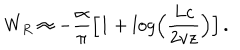
LaTeX: W _ { R } \approx - { \frac { \alpha } { \pi } } \Bigl [ 1 + l o g \Bigl ( { \frac { L c } { 2 v z } } \Bigr ) \Bigr ] \, .